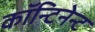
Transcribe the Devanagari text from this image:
कॉन्टिनेन्ट